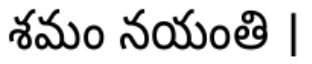
శమం నయంతి ।